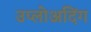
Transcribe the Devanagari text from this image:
उप्लोअदिंग